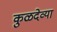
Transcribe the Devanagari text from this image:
कुळदेव्या